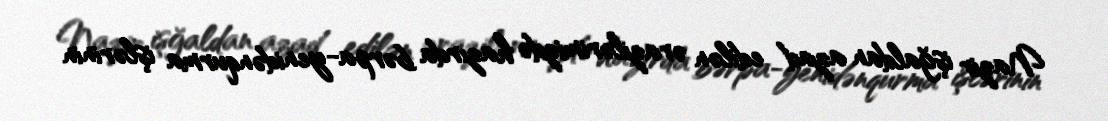
Nazir işğaldan azad edilən ərazilərimizdə hazırda bərpa-yenidənqurma işlərinin